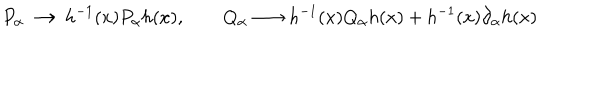
P _ { \alpha } \longrightarrow h ^ { - 1 } ( x ) P _ { \alpha } h ( x ) , \qquad Q _ { \alpha } \longrightarrow h ^ { - 1 } ( x ) Q _ { \alpha } h ( x ) + h ^ { - 1 } ( x ) \partial _ { \alpha } h ( x )